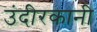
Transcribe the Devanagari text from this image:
उंदीरकानी